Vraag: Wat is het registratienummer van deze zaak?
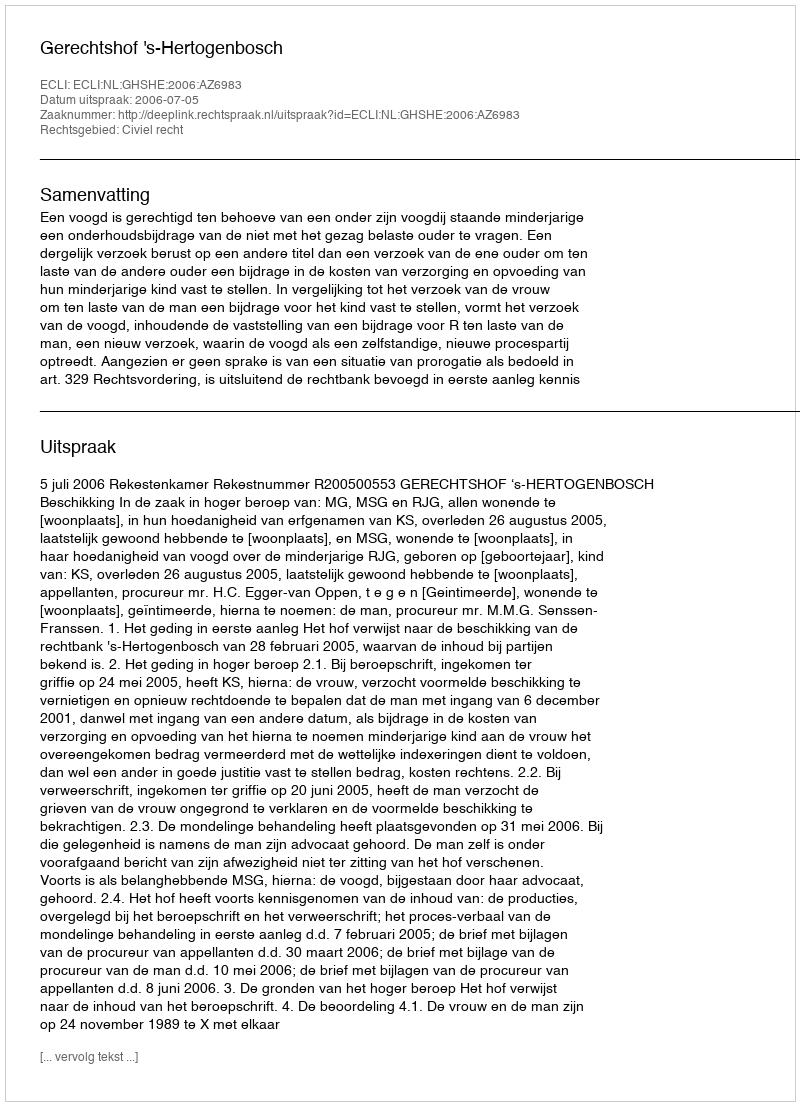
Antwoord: http://deeplink.rechtspraak.nl/uitspraak?id=ECLI:NL:GHSHE:2006:AZ6983